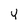
Character: Y